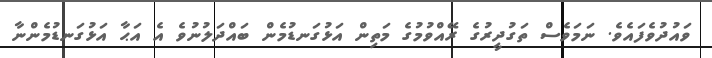
ވައުދުވެފައެވެ. ނަމަވެސް ތަގުދީރުގެ ރޭއްވުމުގެ މަތިން އަޅުގަނޑުމެން ބައްދަލުނުވެ އެ އަޙާ އަޅުގަނޑުމެންނާ